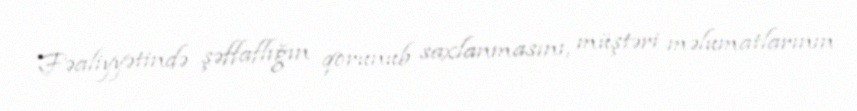
Fəaliyyətində şəffaflığın qorunub saxlanmasını, müştəri məlumatlarının